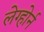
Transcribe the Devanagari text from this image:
लेग्होर्न